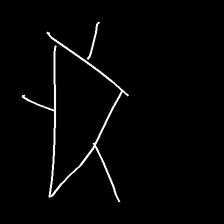
Glyph: fire